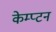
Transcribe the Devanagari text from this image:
केम्प्टन